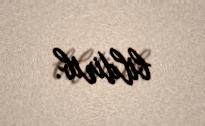
bildirib.